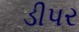
ડીપર